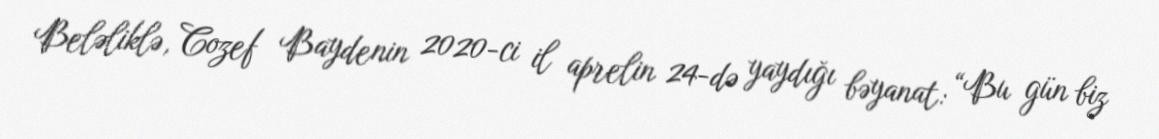
Beləliklə, Cozef Baydenin 2020-ci il aprelin 24-də yaydığı bəyanat: “Bu gün biz